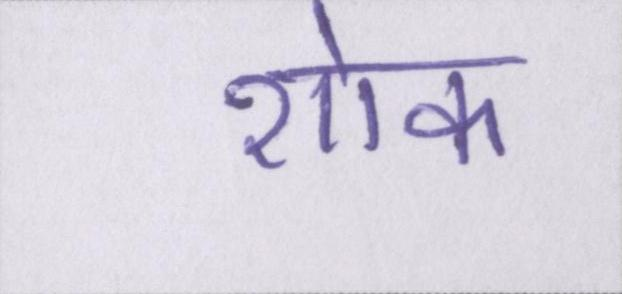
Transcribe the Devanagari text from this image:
शोक